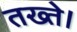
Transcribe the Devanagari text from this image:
तख्ते।